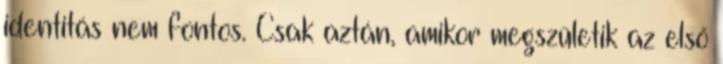
identitás nem fontos. Csak aztán, amikor megszületik az első